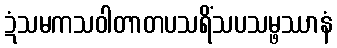
ဍံသမကသဝါတာတပသရိံသပသမ္ဖဿာနံ